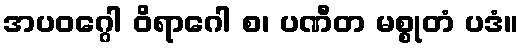
အပဝဂ္ဂေါ ဝိရာဂေါ စ၊ ပဏီတ မစ္စုတံ ပဒံ။